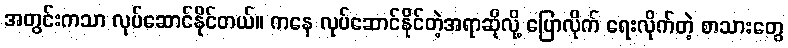
အတွင်းကသာ လုပ်ဆောင်နိုင်တယ်။ ကနေ လုပ်ဆောင်နိုင်တဲ့အရာဆိုလို့ ပြောလိုက် ရေးလိုက်တဲ့ စာသားတွေ